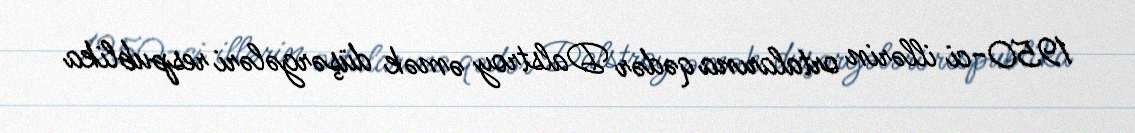
1950-ci illərin ortalarına qədər Dalstroy əmək düşərgələri respublika